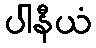
ပါနီယံ